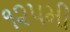
૧૨૫મી